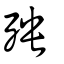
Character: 殃